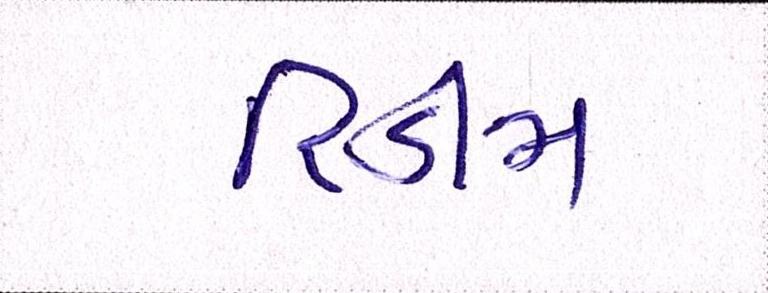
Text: રિડીમ